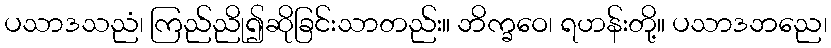
ပသာဒသညံ၊ ကြည်ညို၍ဆိုခြင်းသာတည်း။ ဘိက္ခဝေ၊ ရဟန်းတို့။ ပသာဒဘညေ၊